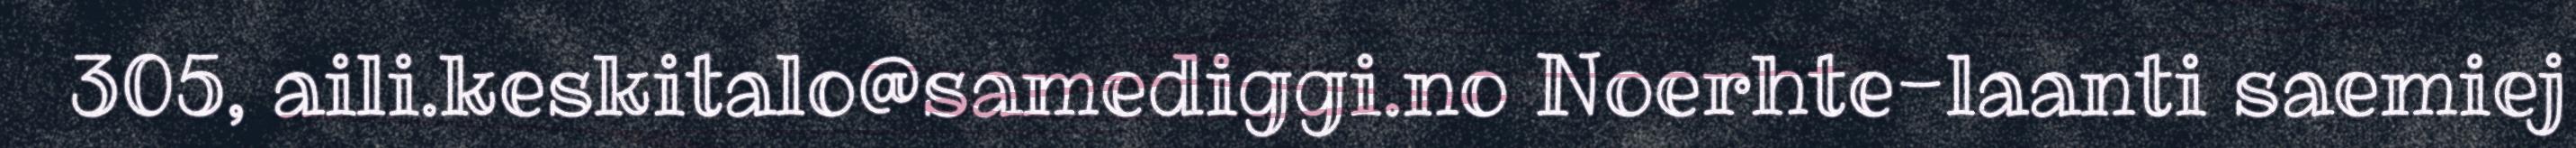
305, aili.keskitalo@samediggi.no Noerhte-laanti saemiej